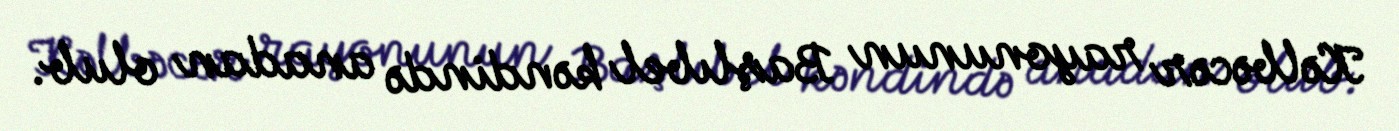
Kəlbəcər rayonunun Başlıbel kəndində anadan olub.